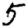
Digit: 5